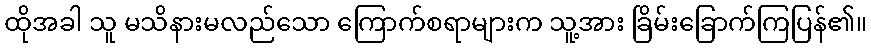
ထိုအခါ သူ မသိနားမလည်သော ကြောက်စရာများက သူ့အား ခြိမ်းခြောက်ကြပြန်၏။